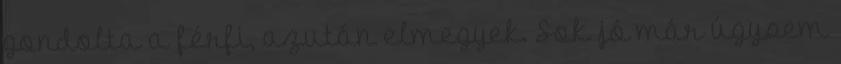
gondolta a férfi, azután elmegyek. Sok jó már úgysem